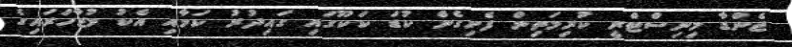
ޖެންޑާ މިނިސްޓްރީ ކުރިމަތިން ފެށިގެން ކުޑަ ކަކޫގައި ގައިދުރު ކަމާއި އެކު މުޒާހަރައިގެ